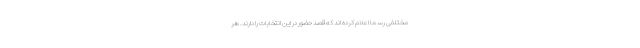
مختلفی رسما اعلام کرده اند که قصد حضور در این انتخابات را دارند. هر